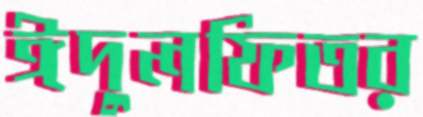
ঈদুলফিতর